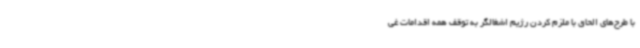
با طرح‌های الحاق با ملزم کردن رژیم اشغالگر به توقف همه اقدامات غی